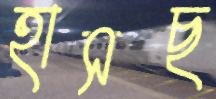
হাসছ